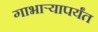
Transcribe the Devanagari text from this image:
गाभार्‍यापर्यंत